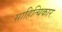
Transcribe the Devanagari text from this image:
साहित्यिकार